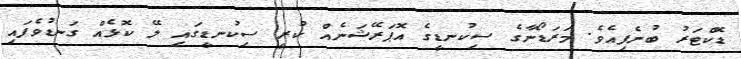
ޑޮކްޓަރު ބުނެފިއެވެ. މަރަޑޯނާގެ ސިކުނޑީގެ އޮޕަރޭޝަނެއް ކުރީ ސިކުނޑީގައި ލޭ ކޮޅެއް ގަނޑުވެފައި